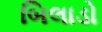
બિલાડો